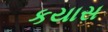
કયાસ